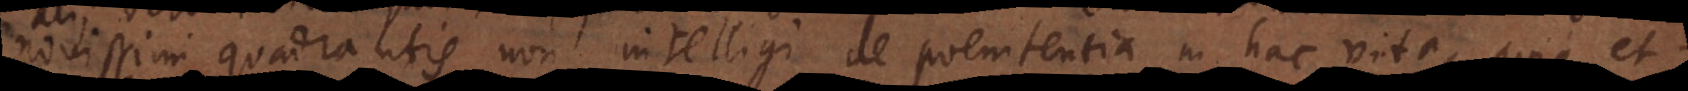
novissimi quadrantis non intelligi de poenitentia in hac vita, quia et